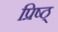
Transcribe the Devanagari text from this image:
प्रिष्ठ्